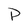
Character: P